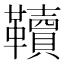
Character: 韇